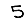
Digit: 5